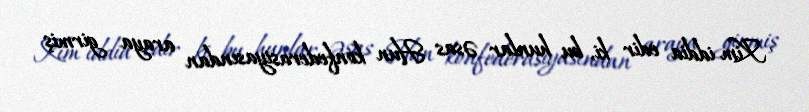
Kim iddia edir ki, bu hunlar əsas Hun konfederasiyasından araya girmiş